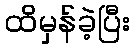
ထိမှန်ခဲ့ပြီး